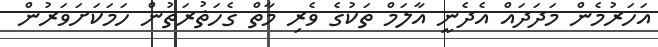
އަހަރުމެން މަދަދައް އެދެނީ އާލަމް ތަކުގެ ވެރި މާތް ގެހަޡުރަތުން ހަމަކަށަވަރުން